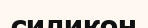
силикон